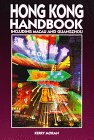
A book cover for Hong Kong Handbook: Including Macau and Guangzhou (1st ed); Kerry Moran; Travel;